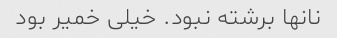
نانها برشته نبود. خیلی خمیر بود